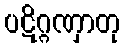
ပဋိဂ္ဂဏှာတု